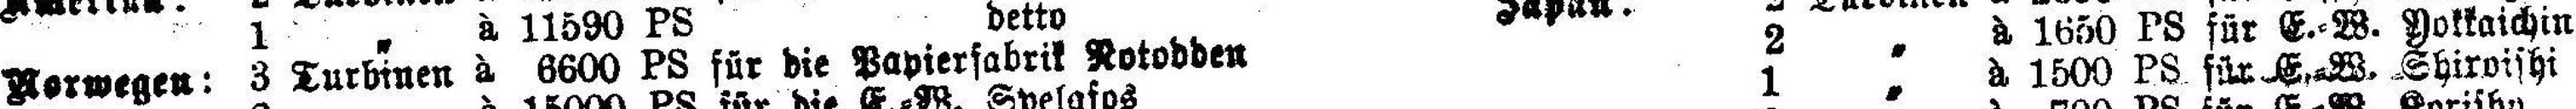
Norwegen: 3 Turbinen à 6600 PS für die Papierfabrik Rotodden 2 „ à 1650 PS für E.=W. Yokkaichin